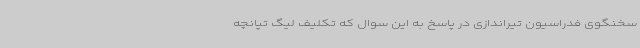
سخنگوی فدراسیون تیراندازی در پاسخ به این سوال که تکلیف لیگ تپانچه